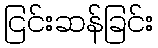
ငြင်းဆန်ခြင်း